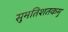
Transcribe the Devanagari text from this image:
सुमतिशतकमु